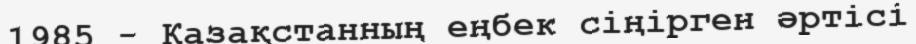
1985 - Қазақстанның еңбек сіңірген әртісі